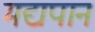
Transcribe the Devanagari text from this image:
मद्यपान